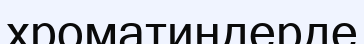
хроматиндерде